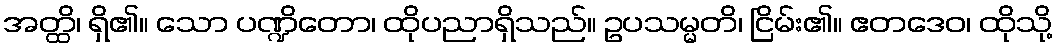
အတ္ထိ၊ ရှိ၏။ သော ပဏ္ဍိတော၊ ထိုပညာရှိသည်။ ဥပသမ္မတိ၊ ငြိမ်း၏။ ဧတဒေဝ၊ ထိုသို့